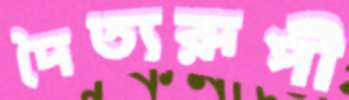
দৈত্যরূপী